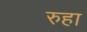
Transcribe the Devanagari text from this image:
रुहा